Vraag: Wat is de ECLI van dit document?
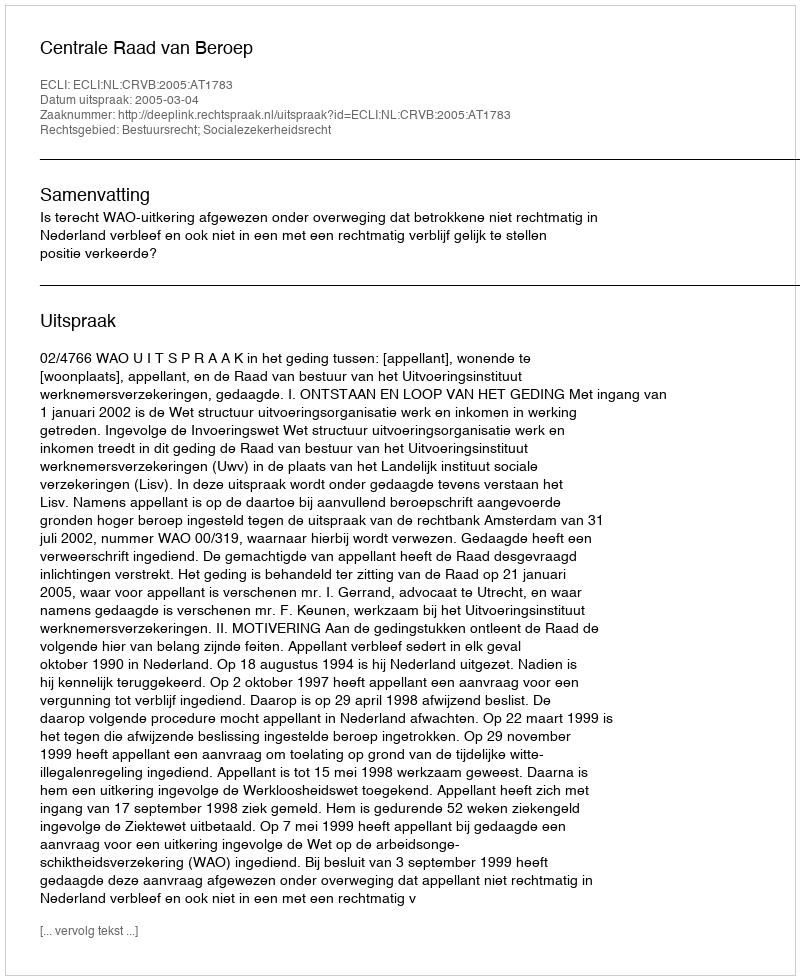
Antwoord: ECLI:NL:CRVB:2005:AT1783